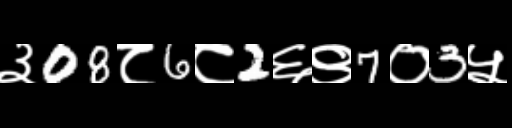
Text: ३08८6८2६९7०3५